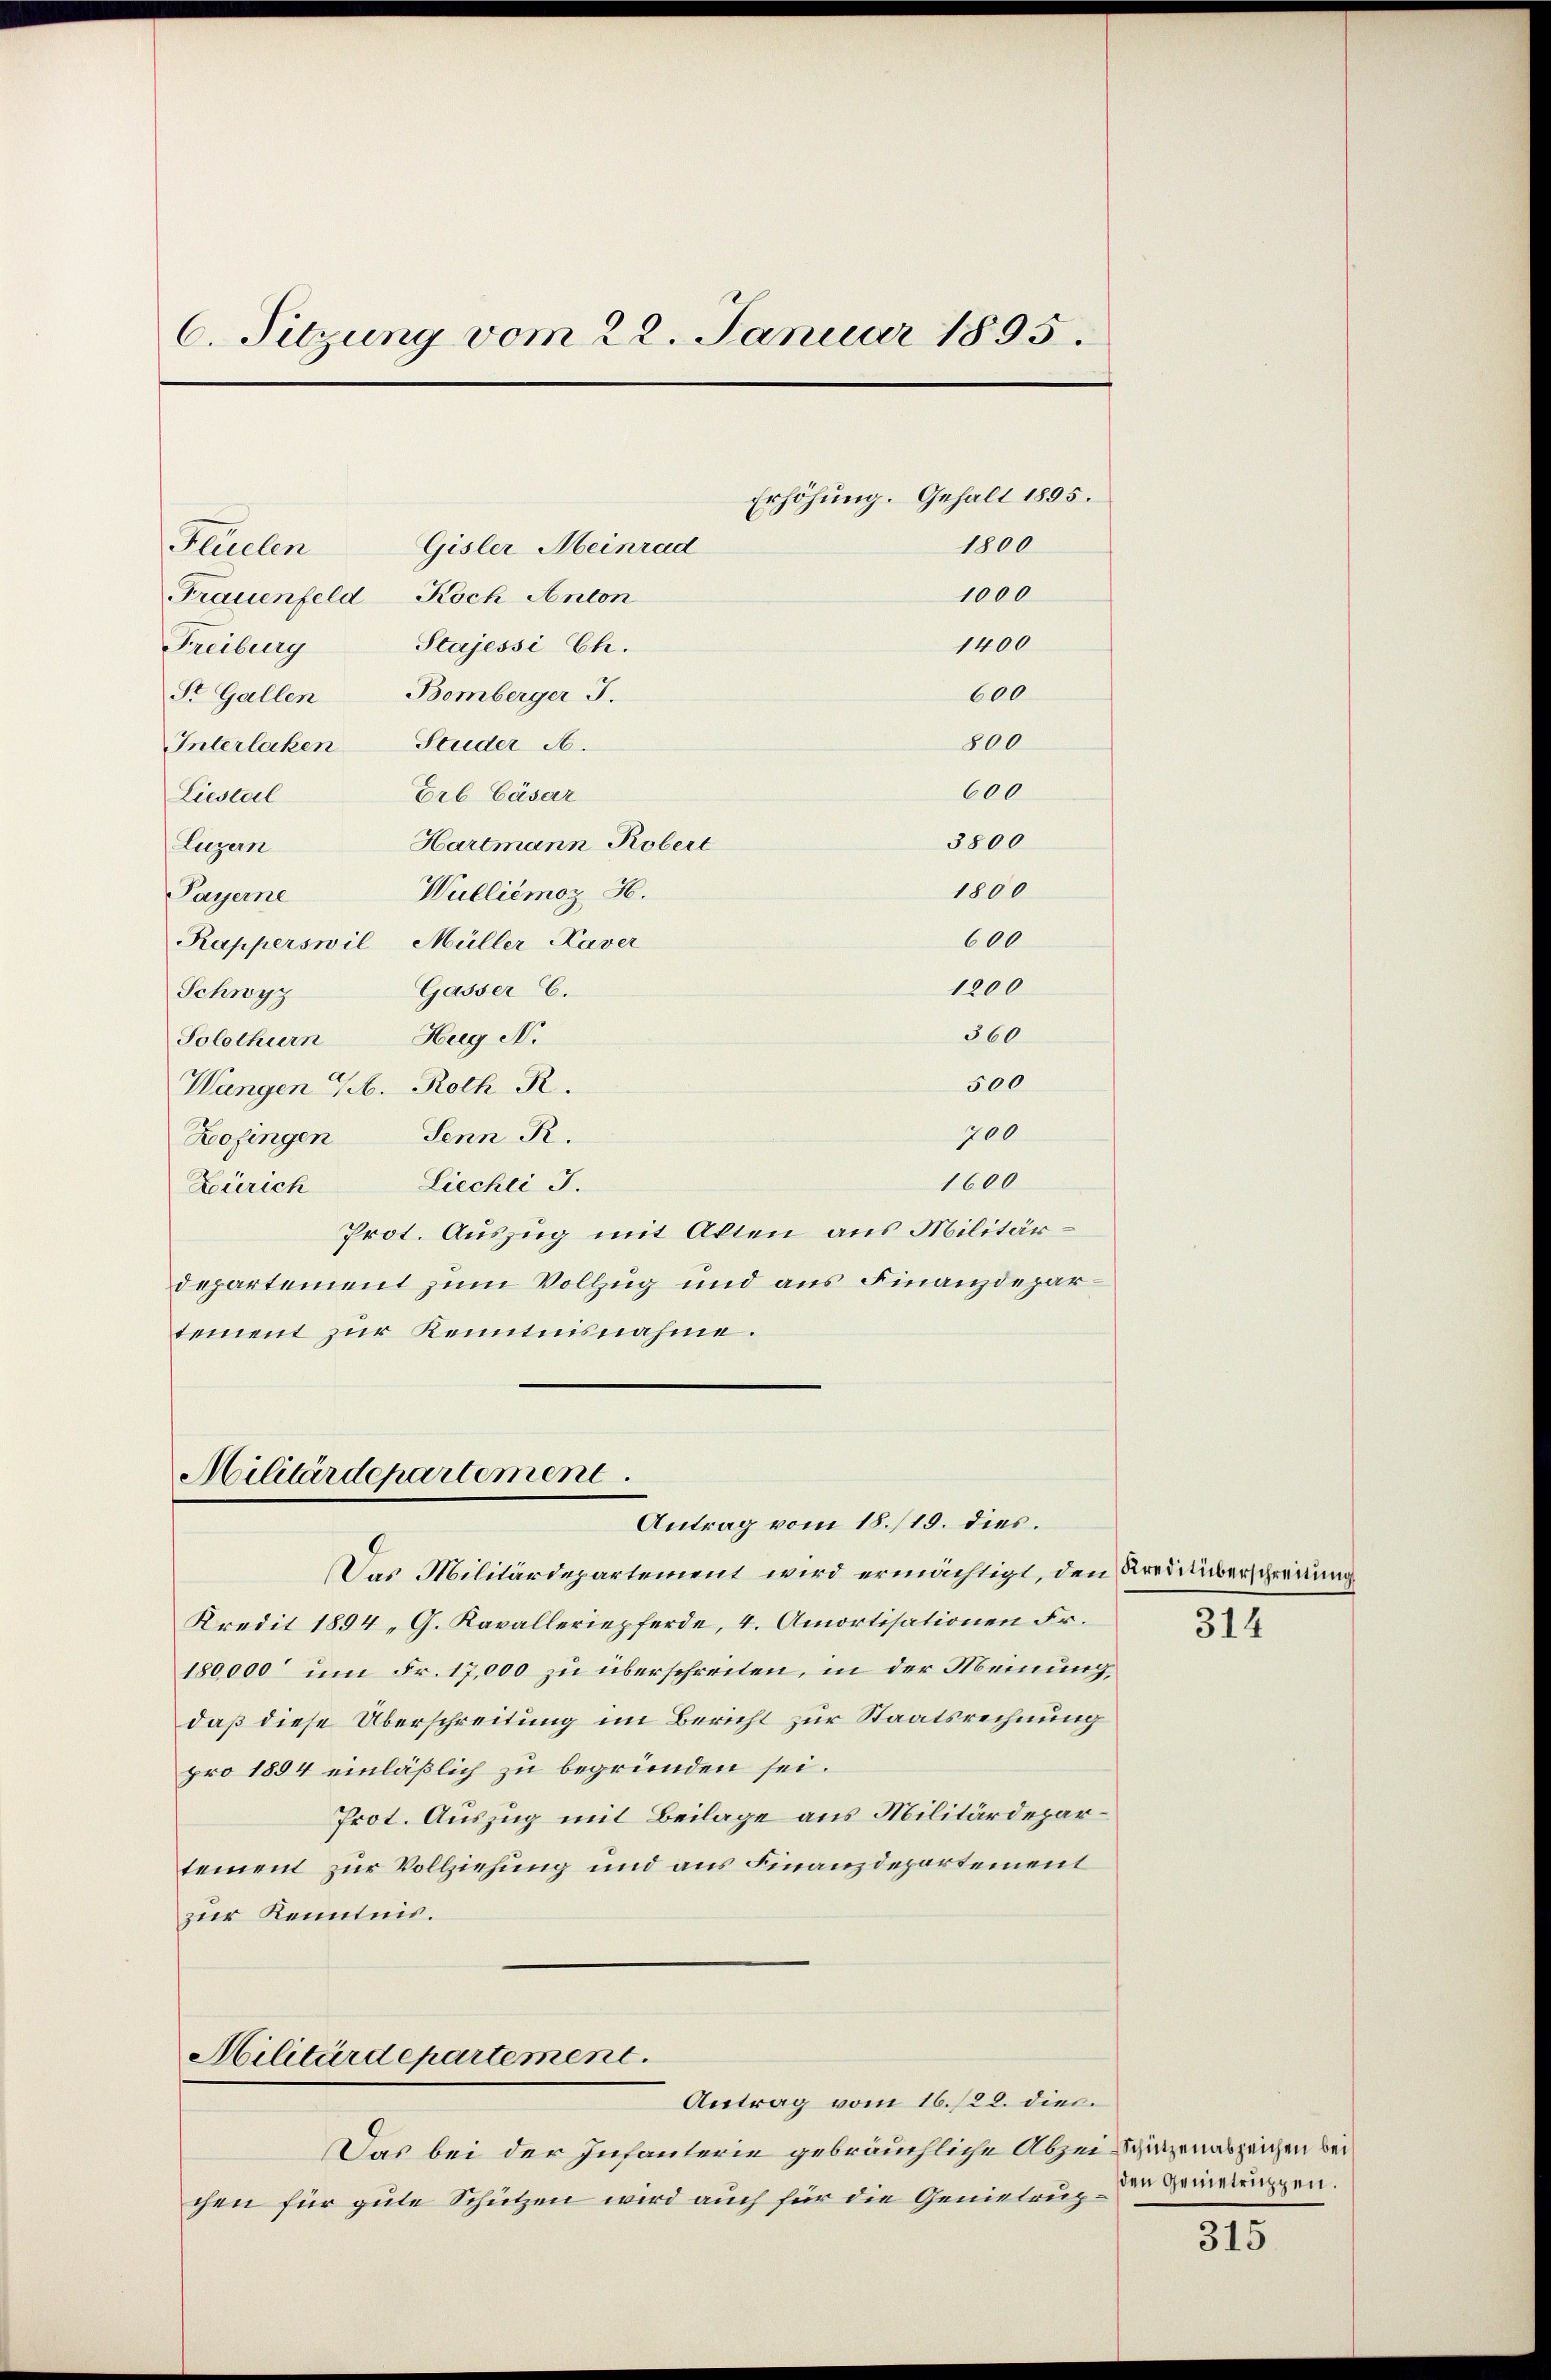
C. Sitzung vom 22. Januar 1895.
Erhöhung. Gehalt 1895.
1800
Gisler Meinrad
Flelen
1000
Frauenfeld Koch Anton
1400
Freiburg Stajessi Ch.

St. Gallen Bomberger J.
Interlaken Studer A.
Erb Cäsar
Liestel
Hartmann Robert
Luzern
Wulliémoz H.
Payerne
Rapperswil Müller Kaver
Gasser C.
Schwyz
Solothurn Hug N.
500
Wangen H. Roth R.
700
Senn R.
Zofingen
1600
Liechi J.
Zürich
Prot. Auszug mit Akten aus Militärdepartement zum Vollzug und aus Finanzdepartement zur Kenntnisnahme.

600
800
600
3800
1800
600
1200
360

Militärdepartement
Antrag vom 18./19. dies

Das Militärdepartement wird ermächtigt, den Krediüberschreibung
Kredit 1894 „G. Kavalleriepferde, 4. Amortisationen Fr.
180,000 um Fr. 17,000 zu überschreiten, in der Meinung,
daß diese Überschreitung im Bericht zur Staatsrechnung
pro 1884 einläßlich zu begründen sei.
Prot. Auszug mit Beilage aus Militärdepartement zur Vollziehung und aus Finanzdepartement
zur Kenntnis.

Militärdepartement.
Antrag vom 16./22. dies

Das bei der Infanterie gebräuchliche Abzeiszigenabzeichen bei
chen für gute Schützen wird auch für die Genietrup¬

314

315

den Genetruppen.